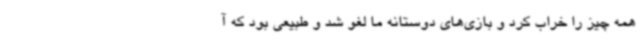
همه چیز را خراب کرد و بازی‌های دوستانه ما لغو شد و طبیعی بود که آ